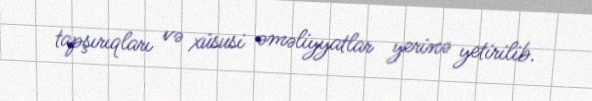
tapşırıqları və xüsusi əməliyyatlar yerinə yetirilib.